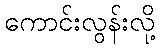
ကောင်းလွန်းလို့